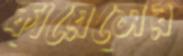
কায়েসের